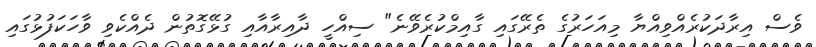
ވެސް އިރާދަކުރެއްވިއްޔާ މިއަހަރުގެ ތެރޭގައި ގާއިމްކުރެވޭނެ" ސިއްހީ ދާއިރާއާއި ގުޅޭގޮތުން ދެއްކެވި ވާހަކަފުޅުގައި